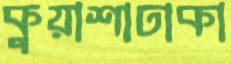
কুয়াশাঢাকা